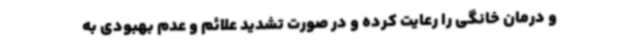
و درمان خانگی را رعایت کرده و در صورت تشدید علائم و عدم بهبودی به